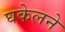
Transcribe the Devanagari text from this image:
घकेलने